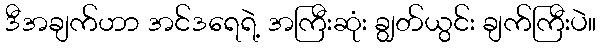
ဒီအချက်ဟာ အင်ဒရေရဲ့ အကြီးဆုံး ချွတ်ယွင်း ချက်ကြီးပဲ။